Report on the lunatic asylums under the Government of Bombay - 1904-1913
Year: 1904
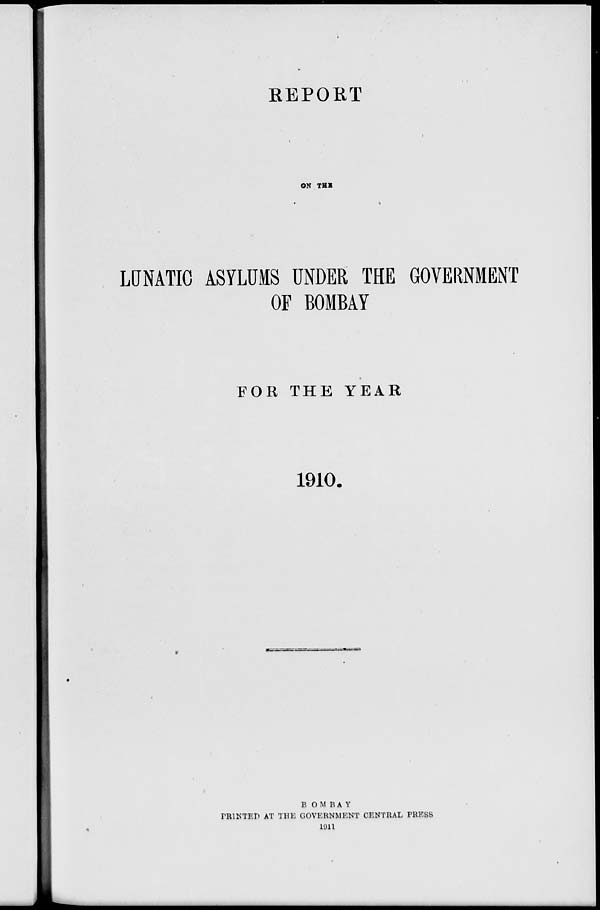
REPORT
ON THE
LUNATIC ASYLUMS UNDER THE GOVERNMENT
OF BOMBAY
FOR THE YEAR
1910.
B O M B A Y
PRINTED AT THE GOVERNMENT CENTRAL PRESS
1911